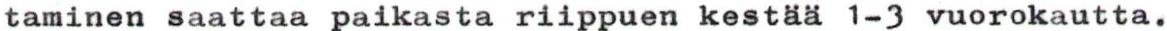
taminen saattaa paikasta riippuen kestää 1-3 vuorokautta.